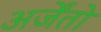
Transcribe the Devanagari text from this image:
अर्जेंतो